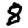
Digit: 8